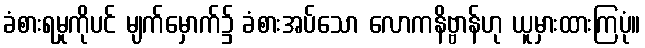
ခံစားရမှုကိုပင် မျက်မှောက်၌ ခံစားအပ်သော လောကနိဗ္ဗာန်ဟု ယူမှားထားကြပုံ။